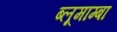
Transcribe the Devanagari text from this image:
ब्लूमाम्बा